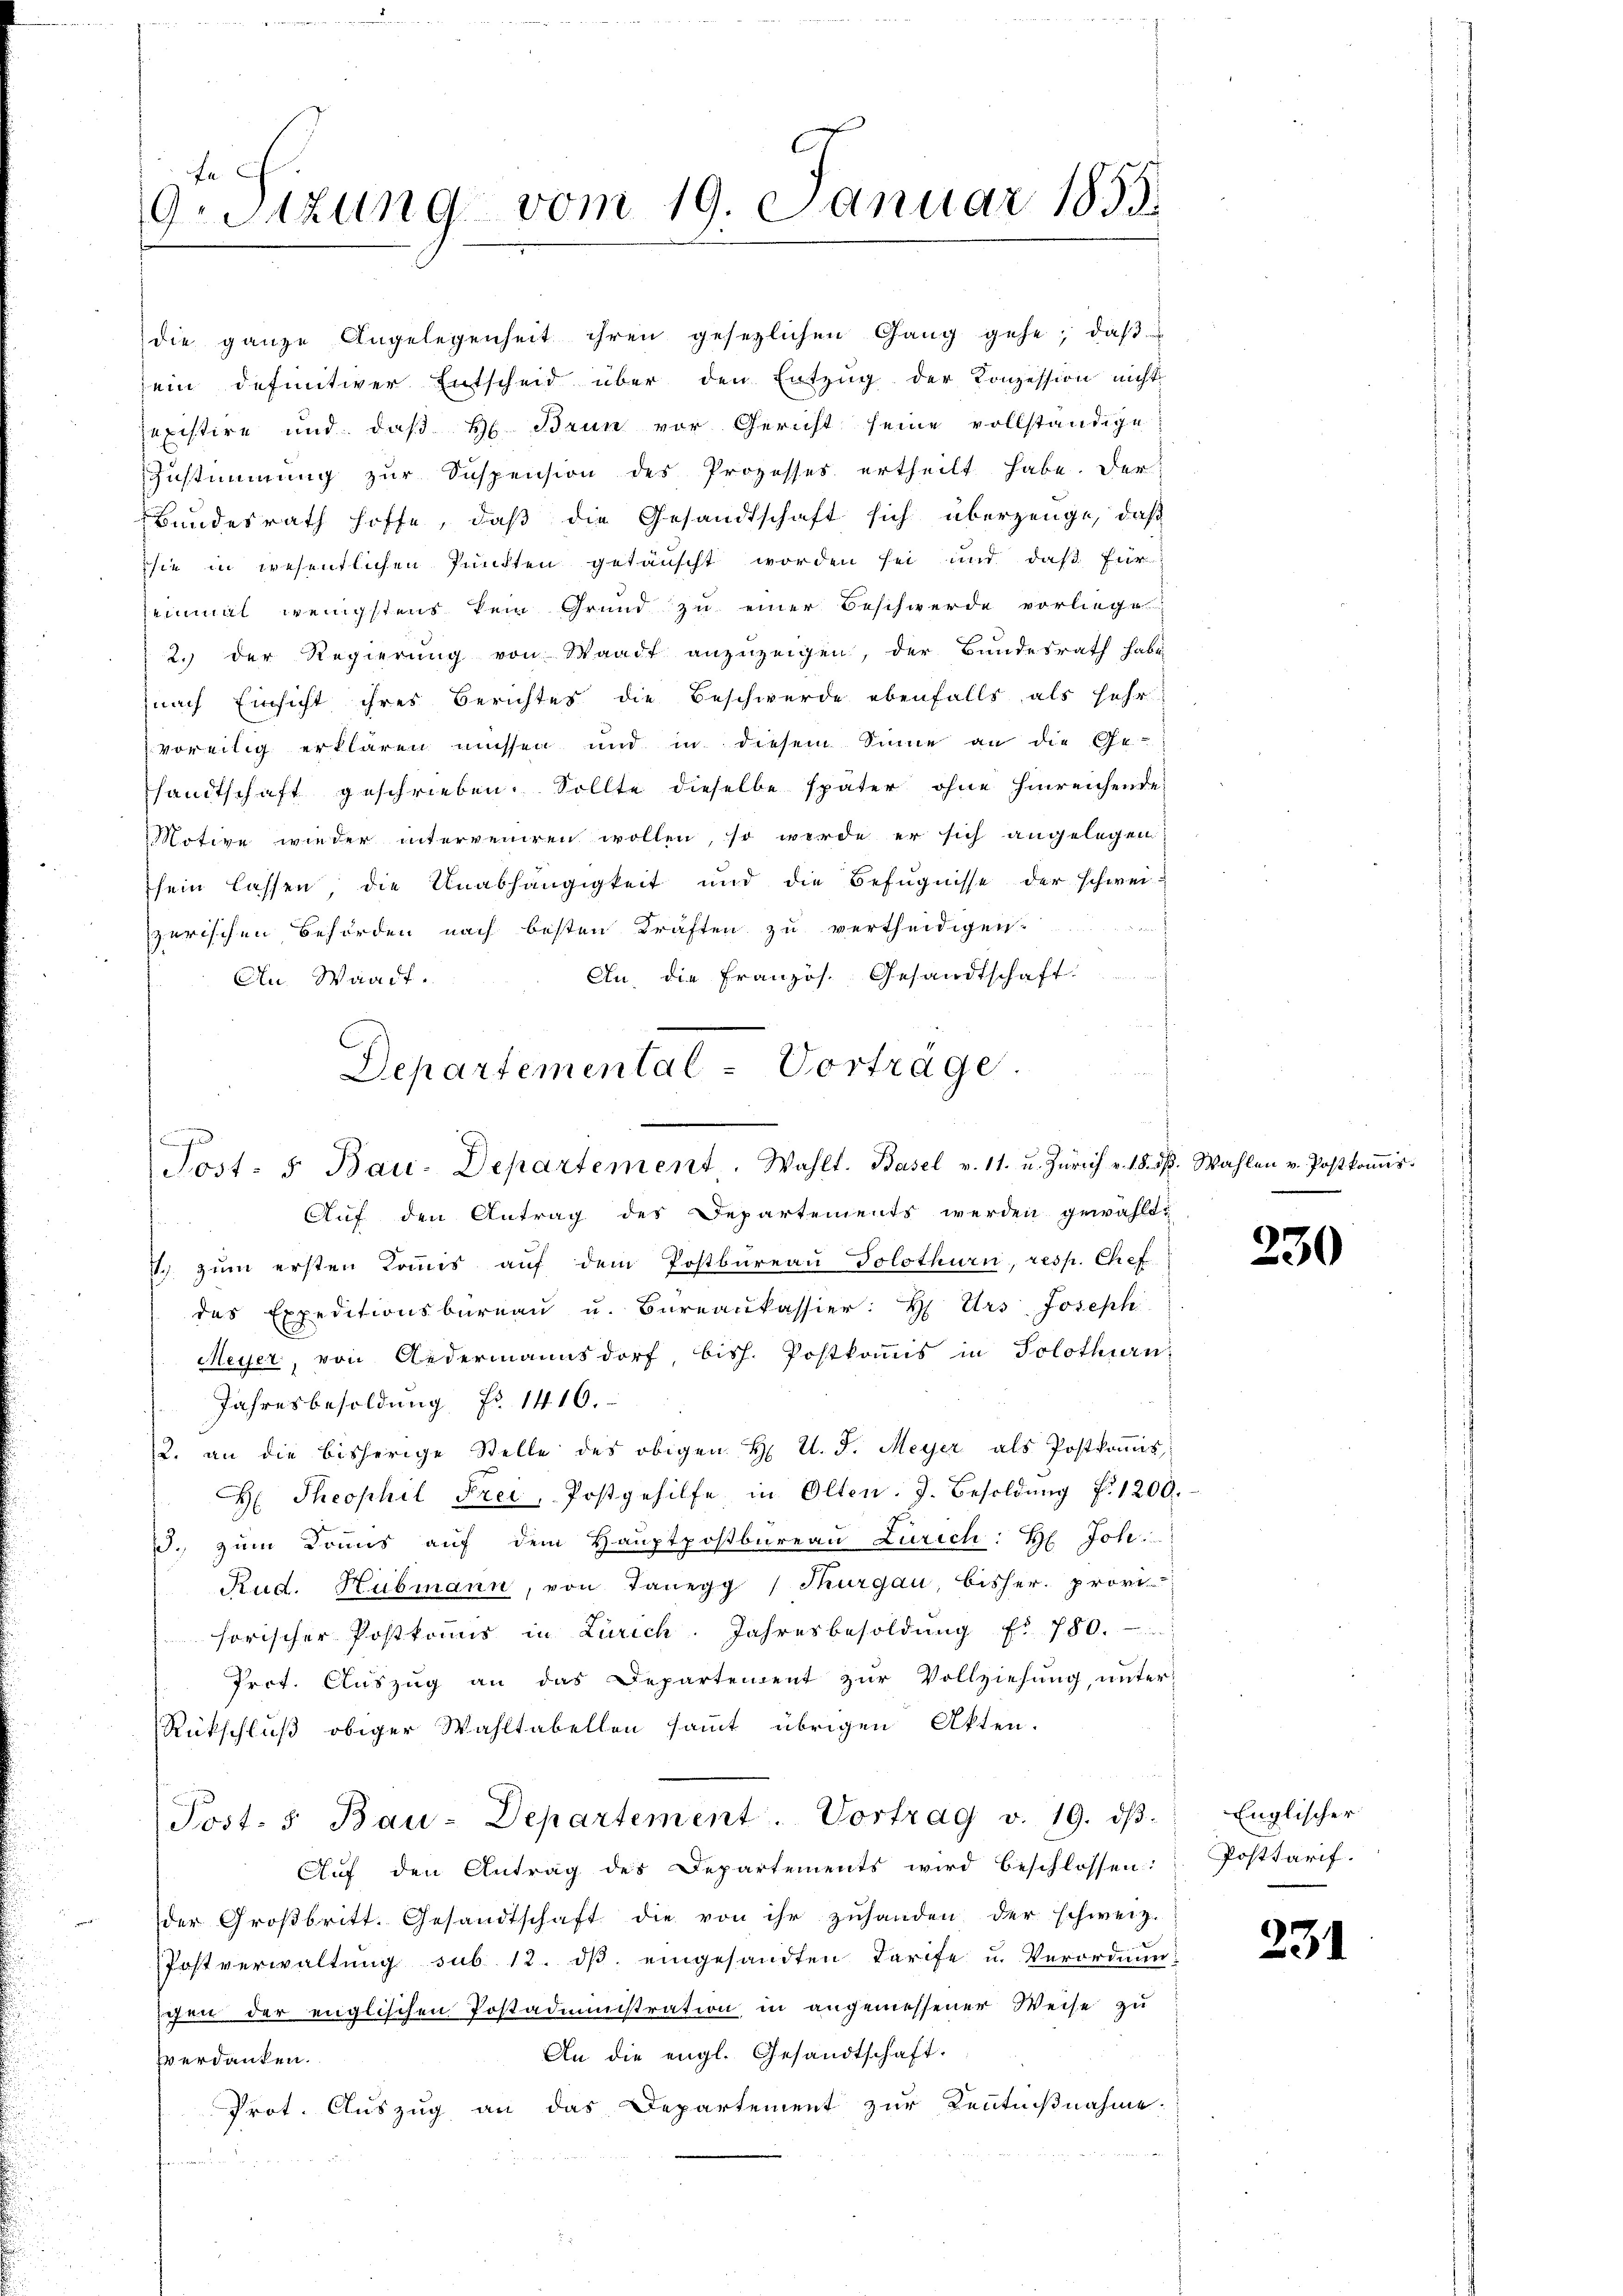
O.Sizung vom 19. Januar 1833.

die ganze Angelegenheit ihren gesetzlichen Gang gehe, daβ
ein definitiver Entscheid über den Entzug der Konzession nicht
existire und daß H. Brun vor Gericht seine vollständige
Zustimmung zur Suspension des Prozesses ertheilt habe. Der
Bundesrath hoffe, daß die Gesandtschaft sich überzeuge, daß
sie in wesentlichen Punkten getäuscht worden sei und daß für
seinmal wenigstens kein Grund zu einer Beschwerde vorliege
2. der Regierung von Waadt anzuzeigen, der Bundesrath habe
nach Einsicht ihres Berichtes die Beschwerde ebenfalls als sehr
voreilig erklären müssen und in diesem Sinne an die Ge-
sandtschaft geschrieben. Sollte dieselbe später ohne hinreichende
Motive wieder interveniren wollen, so werde er sich angelegen:
sein lassen, die Unabhängigkeit und die Befugnisse der schweizerischen Behörden nach besten Kräften zu vertheidigen.
An, die Französ. Gesandtschaft.
An. Waadt.
Departemental Vorträge.

Post- u Bau-Departement. Wahlt. Basel v. 11. u. Zürich v. 18. ds. Wahlen v. Postkoṁis-
Auf den Antrag des Departements werden gewählt:

1 zum ersten Kommis auf dem Postbureau Solothurn, resp. Chef
das Expeditionsbüreaŭ u. Büreaŭkassier: H Urs Joseph
Meyer, von Ledermannsdorf, bish. Postkommis in Solothurn
Jahresbesoldung Nr. 1416.
2. an die bisherige Stelle des obigen H. U. J. Meyer als Postkoṁis
H: Theophil Frei, Postgehilfe in Olten. J. Besoldŭng f. 1200.
3. zŭm Donis aŭf dem Haŭptpostbureau Zürich: H. Joh.
Rud. Hubmann, von Tanegg (Thurgau, bisher. provi
horischer Postkommis in Zürich. Jahresbesoldŭng f. 780.
Irct. Auszug an das Departement zur Vollziehung, unter-
Rückschluß obiger Wahltabellen sammt übrigen Akten.
Post. 5 Bau-Departement. Vortrag v. 19. dβ.
Aŭf den Antrag des Departements wird beschlossen:
der Großbritt. Gesandtschaft die von ihr zuhanden der schweiz.
Postverwaltung sub. 12. dβ eingesandten Tarife u. Verordnungen der englischen Postadministration in angemessener Weise zu
An die engl. Gesandtschaft.
verdanken.
Prot. Auszug an das Departement zur Kenntnißnahme.

230

Englischer
Posttarif.

231